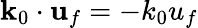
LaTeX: \mathbf{k}_{0}\cdot\mathbf{u}_{f}=-k_{0}u_{f}